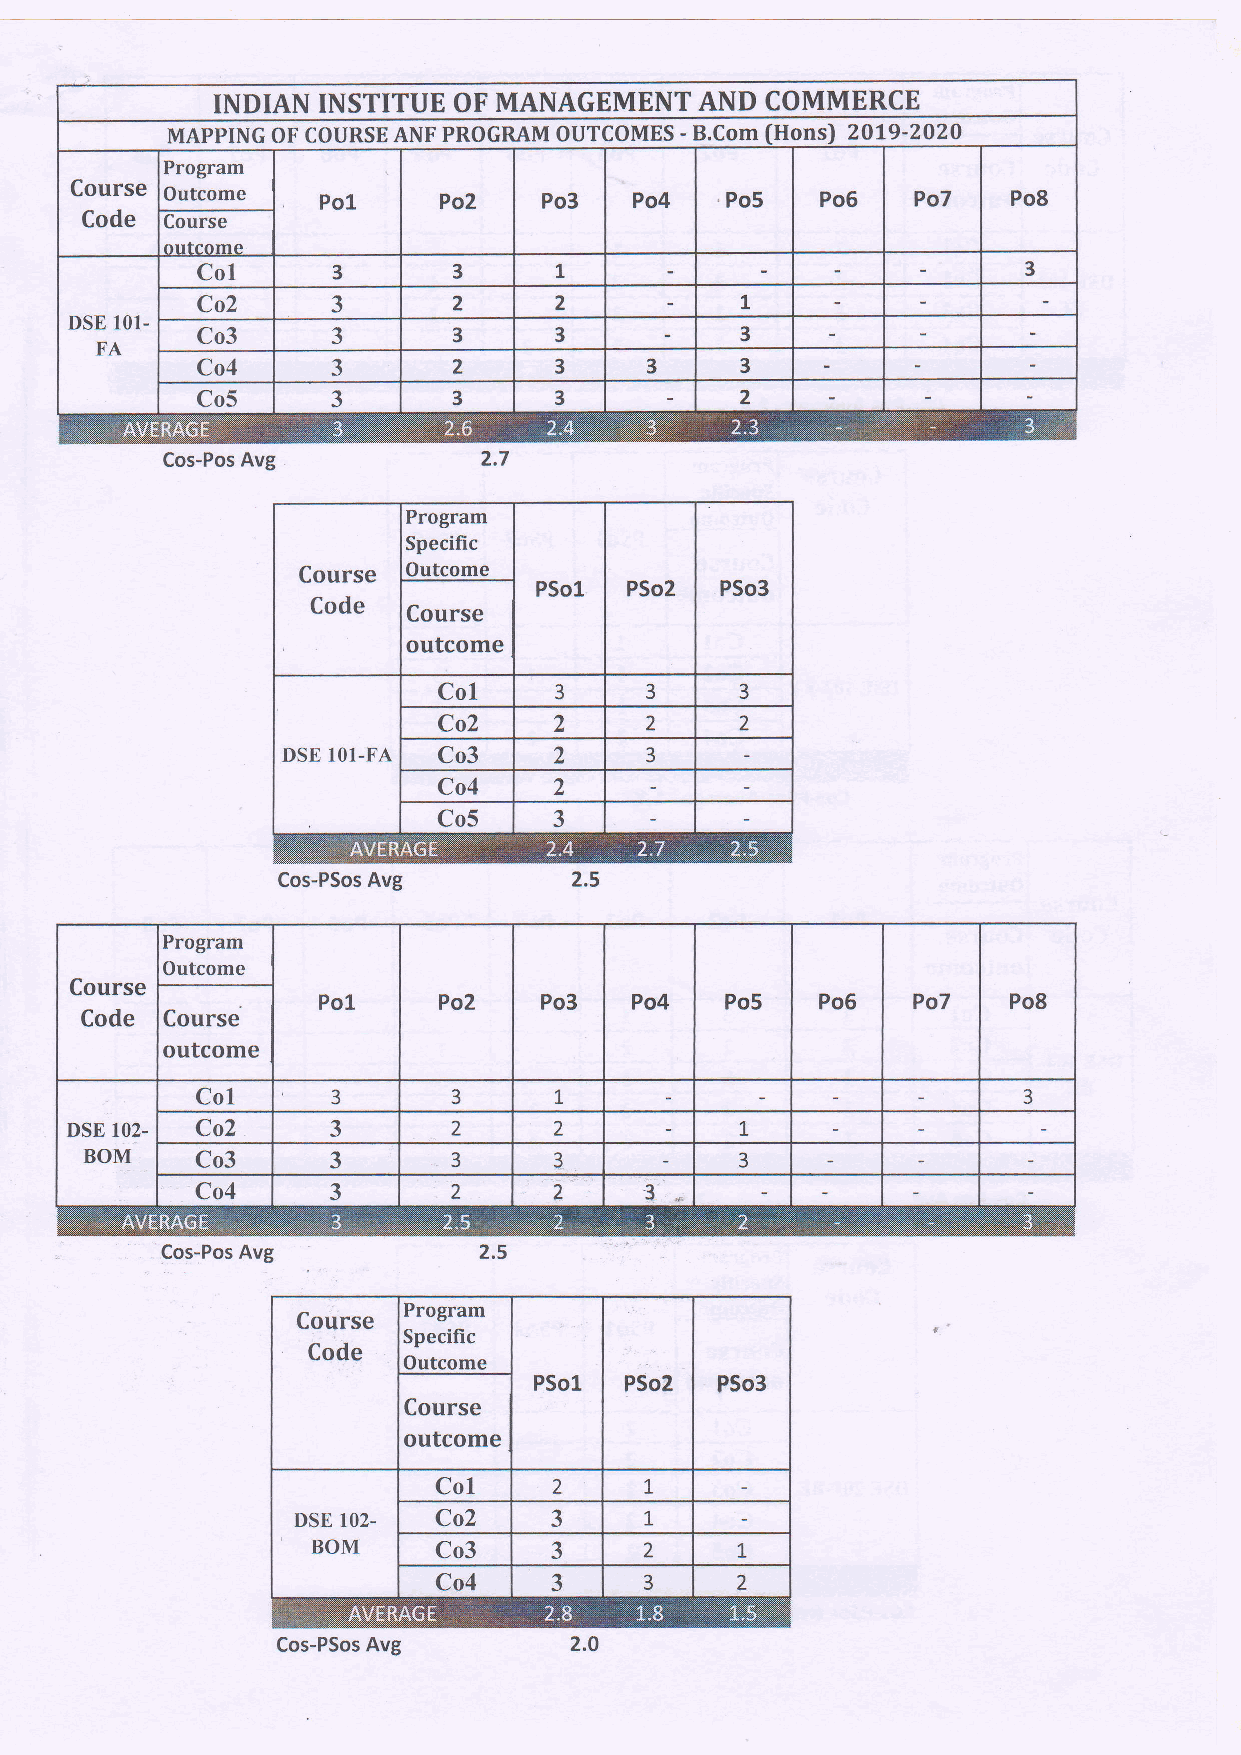
INDIAN INSTITUE OF MANAGEMENT   AND  COMMERCE
 MAPPING OF COURSEANF PROGRAM OUTCOMES - B.Com (Hons) 2O!9-2O20
 Program
 Course
 Outcome   Po1     Po2    Po3   Po4   'Po5  Po6    Po7   Po8
 Code  Course
 ntrfanma
 t
 Col      3       3                                     3
 Co2      3       2      2           L
 DSE 101-
 Co3      3       3      3           3
 FA
 Co4      3       2      3     3     3
 Co5      3       3      3           2
 Cos-Pos Avg
 Cos-PSos Avg
 Program
 Outcome
 Course
 Po1     Po2    Po3   Po4   Po5   Po6   Po7    Po8
 Code  Course
 outcome
 Co1      3       3      1                              3
 DSE IO2- Co2      3       2      2           L
 BOM    Co3      3       3      3           3
 Co4      3       2      2     3
 Cos-Pos Avg
 Program
 Specific
 Outcome
 Cos-PSos Avg        2.O